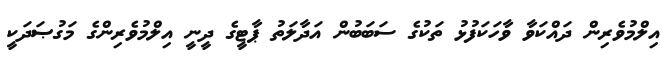
އިލްމުވެރިން ދައްކަވާ ވާހަކަފުޅު ތަކުގެ ސަބަބުން އަދާލަތު ޕާޓީގެ ދީނީ އިލްމުވެރިންގެ މަގުޞަދަކީ